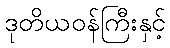
ဒုတိယဝန်ကြီးနှင့်